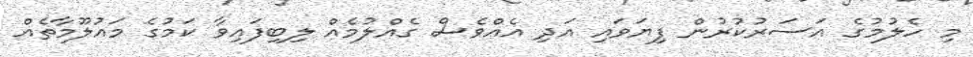
މި ހެލުމުގެ އަސަރުކުރުން ފިޔަވައި އަދި އެއްވެސް ގެއްލުމެއް ލިބިފައިވާ ކަމުގެ މައުލޫމާތެއް